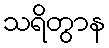
သရိတွာန